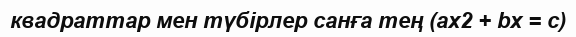
квадраттар мен түбірлер санға тең (ax2 + bx = c)